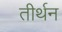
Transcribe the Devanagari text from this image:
तीर्थन